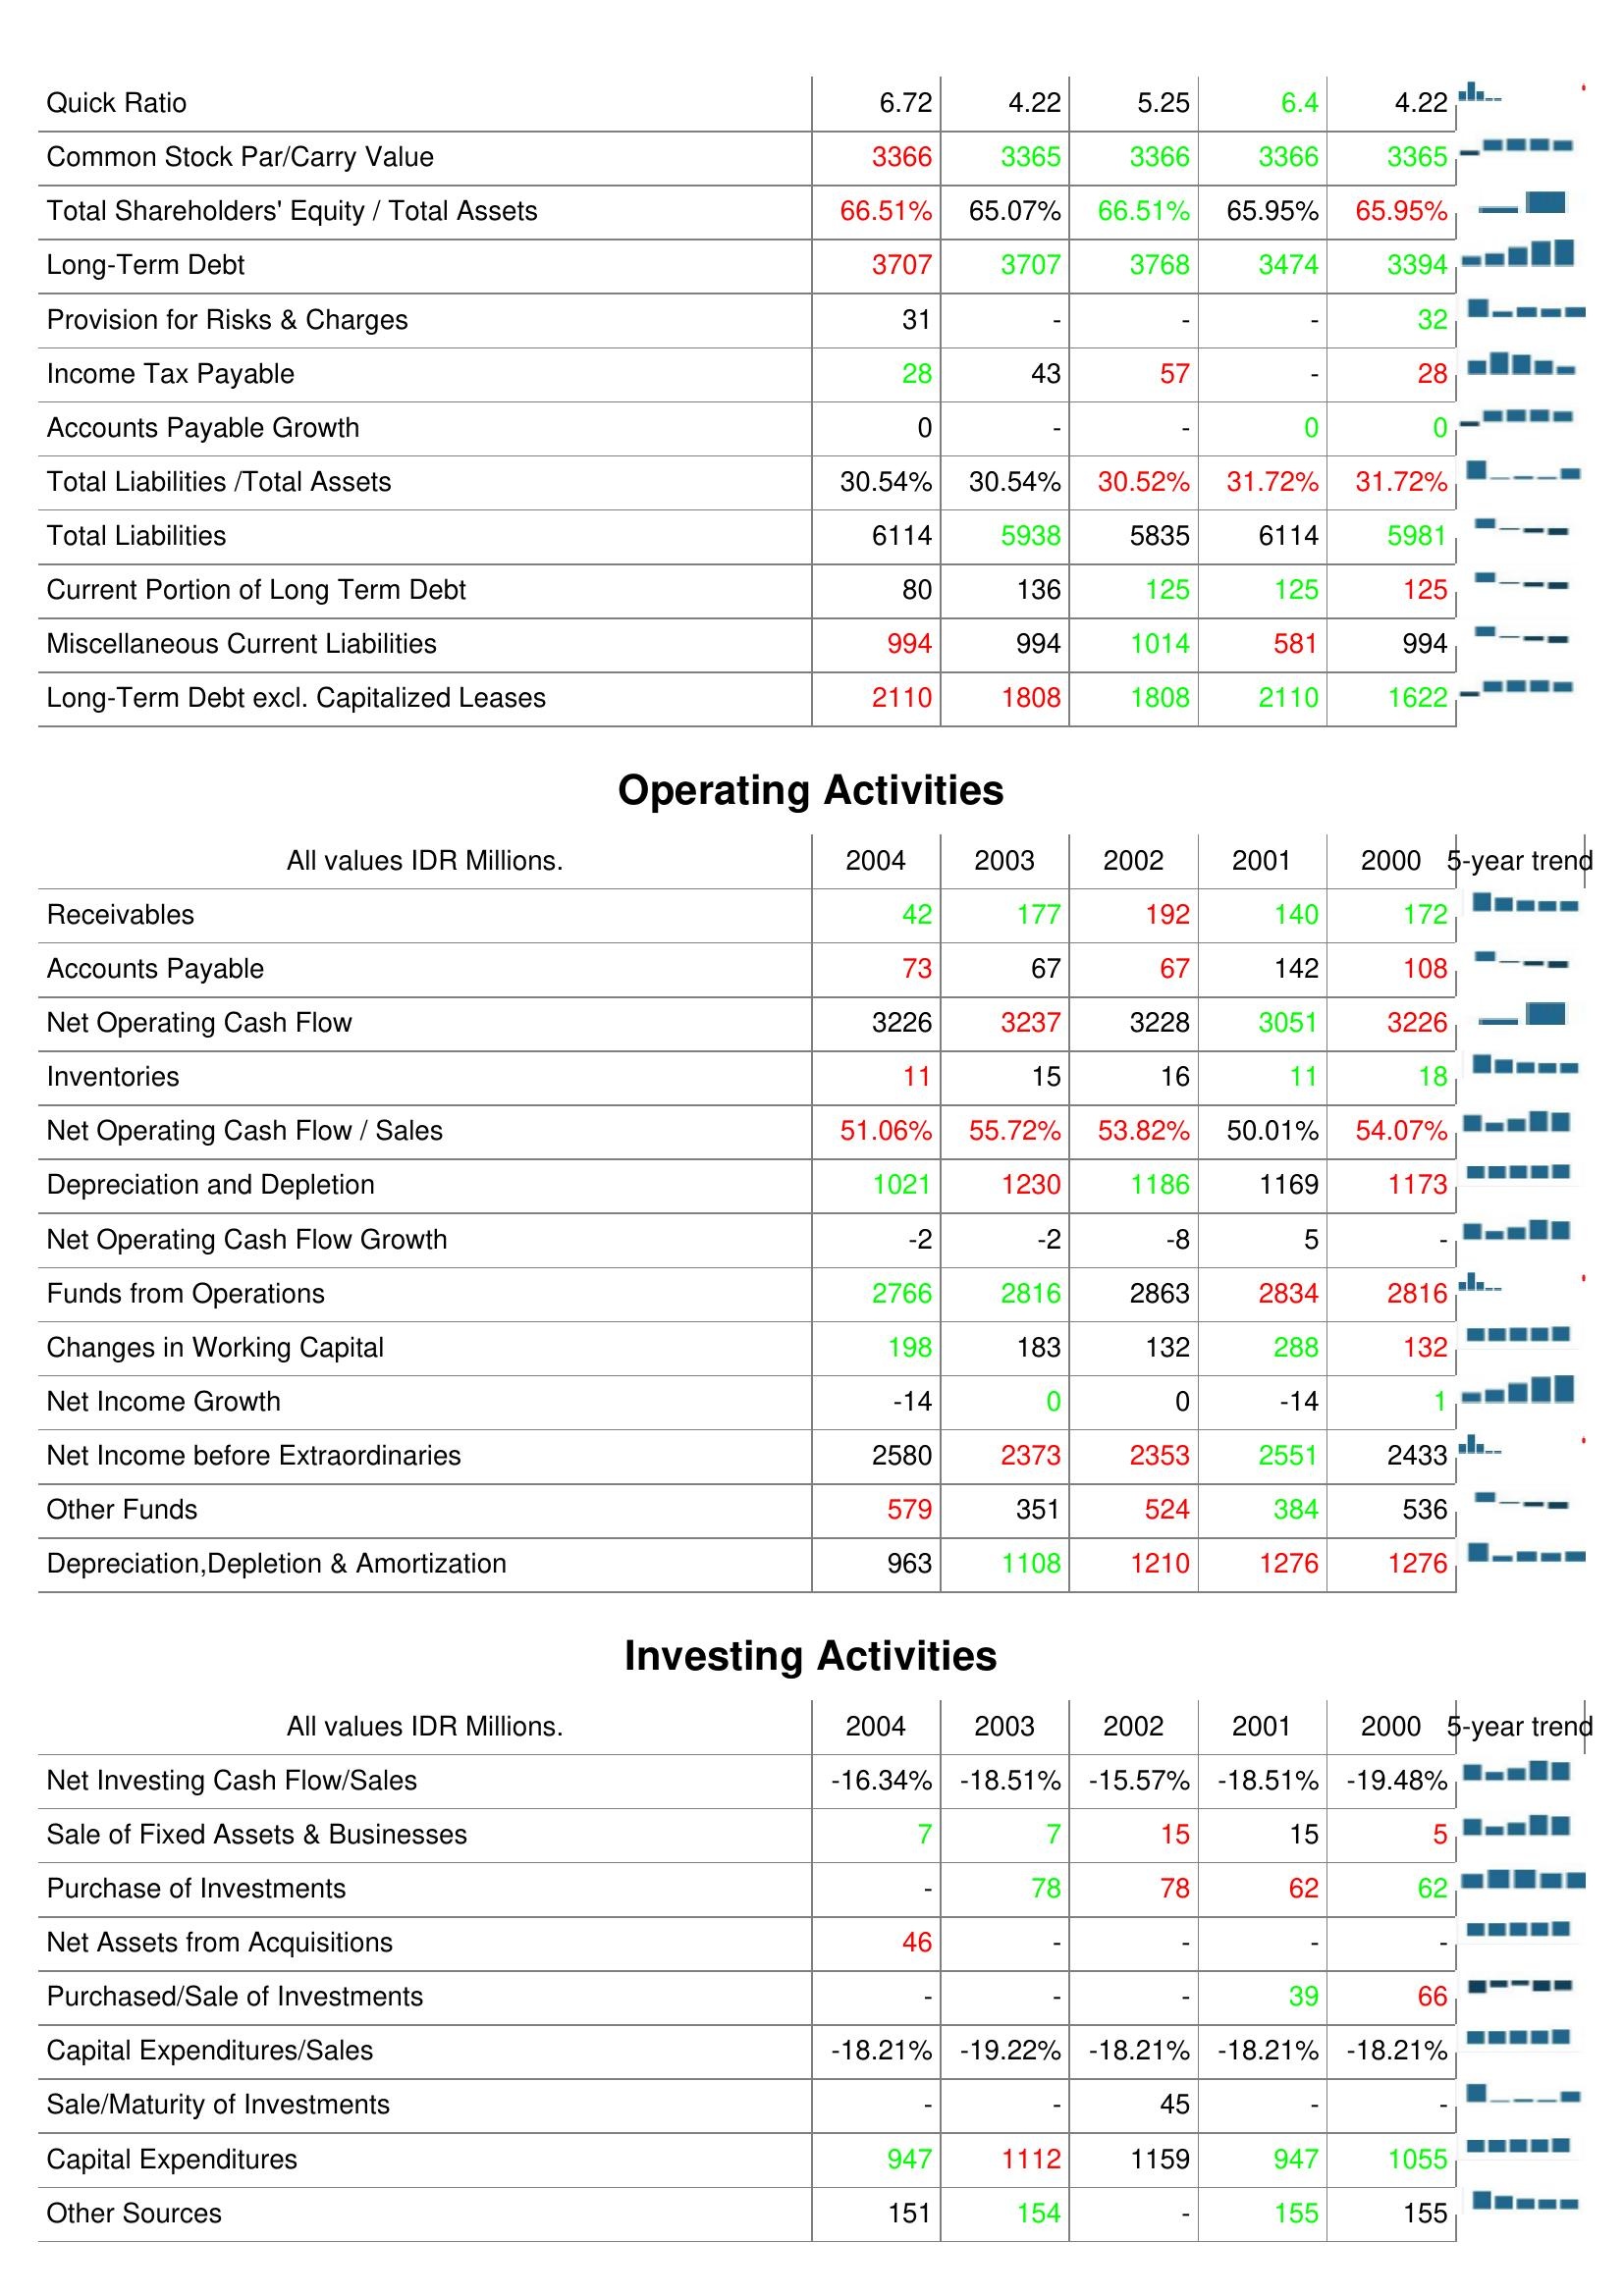
2004: Liabilities & Shareholder's Equity: Quick Ratio: 6.72
Common Stock Par/Carry Value: 3366
Total Shareholders' Equity / Total Assets: 66.51%
Long-Term Debt: 3707
Provision for Risks & Charges: 31
Income Tax Payable: 28
Accounts Payable Growth: 0
Total Liabilities /Total Assets: 30.54%
Total Liabilities: 6114
Current Portion of Long Term Debt: 80
Miscellaneous Current Liabilities: 994
Long-Term Debt excl. Capitalized Leases: 2110
Operating Activities: Receivables: 42
Accounts Payable: 73
Net Operating Cash Flow: 3226
Inventories: 11
Net Operating Cash Flow / Sales: 51.06%
Depreciation and Depletion: 1021
Net Operating Cash Flow Growth: -2
Funds from Operations: 2766
Changes in Working Capital: 198
Net Income Growth: -14
Net Income before Extraordinaries: 2580
Other Funds: 579
Depreciation,Depletion & Amortization: 963
Investing Activities: Net Investing Cash Flow/Sales: -16.34%
Sale of Fixed Assets & Businesses: 7
Purchase of Investments: -
Net Assets from Acquisitions: 46
Purchased/Sale of Investments: -
Capital Expenditures/Sales: -18.21%
Sale/Maturity of Investments: -
Capital Expenditures: 947
Other Sources: 151
2003: Liabilities & Shareholder's Equity: Quick Ratio: 4.22
Common Stock Par/Carry Value: 3365
Total Shareholders' Equity / Total Assets: 65.07%
Long-Term Debt: 3707
Provision for Risks & Charges: -
Income Tax Payable: 43
Accounts Payable Growth: -
Total Liabilities /Total Assets: 30.54%
Total Liabilities: 5938
Current Portion of Long Term Debt: 136
Miscellaneous Current Liabilities: 994
Long-Term Debt excl. Capitalized Leases: 1808
Operating Activities: Receivables: 177
Accounts Payable: 67
Net Operating Cash Flow: 3237
Inventories: 15
Net Operating Cash Flow / Sales: 55.72%
Depreciation and Depletion: 1230
Net Operating Cash Flow Growth: -2
Funds from Operations: 2816
Changes in Working Capital: 183
Net Income Growth: 0
Net Income before Extraordinaries: 2373
Other Funds: 351
Depreciation,Depletion & Amortization: 1108
Investing Activities: Net Investing Cash Flow/Sales: -18.51%
Sale of Fixed Assets & Businesses: 7
Purchase of Investments: 78
Net Assets from Acquisitions: -
Purchased/Sale of Investments: -
Capital Expenditures/Sales: -19.22%
Sale/Maturity of Investments: -
Capital Expenditures: 1112
Other Sources: 154
2002: Liabilities & Shareholder's Equity: Quick Ratio: 5.25
Common Stock Par/Carry Value: 3366
Total Shareholders' Equity / Total Assets: 66.51%
Long-Term Debt: 3768
Provision for Risks & Charges: -
Income Tax Payable: 57
Accounts Payable Growth: -
Total Liabilities /Total Assets: 30.52%
Total Liabilities: 5835
Current Portion of Long Term Debt: 125
Miscellaneous Current Liabilities: 1014
Long-Term Debt excl. Capitalized Leases: 1808
Operating Activities: Receivables: 192
Accounts Payable: 67
Net Operating Cash Flow: 3228
Inventories: 16
Net Operating Cash Flow / Sales: 53.82%
Depreciation and Depletion: 1186
Net Operating Cash Flow Growth: -8
Funds from Operations: 2863
Changes in Working Capital: 132
Net Income Growth: 0
Net Income before Extraordinaries: 2353
Other Funds: 524
Depreciation,Depletion & Amortization: 1210
Investing Activities: Net Investing Cash Flow/Sales: -15.57%
Sale of Fixed Assets & Businesses: 15
Purchase of Investments: 78
Net Assets from Acquisitions: -
Purchased/Sale of Investments: -
Capital Expenditures/Sales: -18.21%
Sale/Maturity of Investments: 45
Capital Expenditures: 1159
Other Sources: -
2001: Liabilities & Shareholder's Equity: Quick Ratio: 6.4
Common Stock Par/Carry Value: 3366
Total Shareholders' Equity / Total Assets: 65.95%
Long-Term Debt: 3474
Provision for Risks & Charges: -
Income Tax Payable: -
Accounts Payable Growth: 0
Total Liabilities /Total Assets: 31.72%
Total Liabilities: 6114
Current Portion of Long Term Debt: 125
Miscellaneous Current Liabilities: 581
Long-Term Debt excl. Capitalized Leases: 2110
Operating Activities: Receivables: 140
Accounts Payable: 142
Net Operating Cash Flow: 3051
Inventories: 11
Net Operating Cash Flow / Sales: 50.01%
Depreciation and Depletion: 1169
Net Operating Cash Flow Growth: 5
Funds from Operations: 2834
Changes in Working Capital: 288
Net Income Growth: -14
Net Income before Extraordinaries: 2551
Other Funds: 384
Depreciation,Depletion & Amortization: 1276
Investing Activities: Net Investing Cash Flow/Sales: -18.51%
Sale of Fixed Assets & Businesses: 15
Purchase of Investments: 62
Net Assets from Acquisitions: -
Purchased/Sale of Investments: 39
Capital Expenditures/Sales: -18.21%
Sale/Maturity of Investments: -
Capital Expenditures: 947
Other Sources: 155
2000: Liabilities & Shareholder's Equity: Quick Ratio: 4.22
Common Stock Par/Carry Value: 3365
Total Shareholders' Equity / Total Assets: 65.95%
Long-Term Debt: 3394
Provision for Risks & Charges: 32
Income Tax Payable: 28
Accounts Payable Growth: 0
Total Liabilities /Total Assets: 31.72%
Total Liabilities: 5981
Current Portion of Long Term Debt: 125
Miscellaneous Current Liabilities: 994
Long-Term Debt excl. Capitalized Leases: 1622
Operating Activities: Receivables: 172
Accounts Payable: 108
Net Operating Cash Flow: 3226
Inventories: 18
Net Operating Cash Flow / Sales: 54.07%
Depreciation and Depletion: 1173
Net Operating Cash Flow Growth: -
Funds from Operations: 2816
Changes in Working Capital: 132
Net Income Growth: 1
Net Income before Extraordinaries: 2433
Other Funds: 536
Depreciation,Depletion & Amortization: 1276
Investing Activities: Net Investing Cash Flow/Sales: -19.48%
Sale of Fixed Assets & Businesses: 5
Purchase of Investments: 62
Net Assets from Acquisitions: -
Purchased/Sale of Investments: 66
Capital Expenditures/Sales: -18.21%
Sale/Maturity of Investments: -
Capital Expenditures: 1055
Other Sources: 155